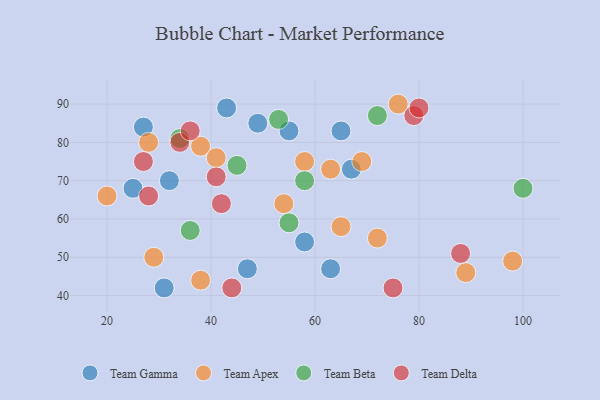
{"axis": {"x": "GDP", "y": "Life Expectancy"}, "legend": ["Team Apex", "Team Beta", "Team Delta", "Team Gamma"], "data": [{"x": "55", "y": 83, "type": "Team Gamma"}, {"x": "65", "y": 83, "type": "Team Gamma"}, {"x": "31", "y": 42, "type": "Team Gamma"}, {"x": "43", "y": 89, "type": "Team Gamma"}, {"x": "49", "y": 85, "type": "Team Gamma"}, {"x": "32", "y": 70, "type": "Team Gamma"}, {"x": "27", "y": 84, "type": "Team Gamma"}, {"x": "25", "y": 68, "type": "Team Gamma"}, {"x": "47", "y": 47, "type": "Team Gamma"}, {"x": "58", "y": 54, "type": "Team Gamma"}, {"x": "63", "y": 47, "type": "Team Gamma"}, {"x": "67", "y": 73, "type": "Team Gamma"}, {"x": "76", "y": 90, "type": "Team Apex"}, {"x": "28", "y": 80, "type": "Team Apex"}, {"x": "65", "y": 58, "type": "Team Apex"}, {"x": "89", "y": 46, "type": "Team Apex"}, {"x": "98", "y": 49, "type": "Team Apex"}, {"x": "72", "y": 55, "type": "Team Apex"}, {"x": "38", "y": 44, "type": "Team Apex"}, {"x": "38", "y": 79, "type": "Team Apex"}, {"x": "20", "y": 66, "type": "Team Apex"}, {"x": "58", "y": 75, "type": "Team Apex"}, {"x": "69", "y": 75, "type": "Team Apex"}, {"x": "41", "y": 76, "type": "Team Apex"}, {"x": "63", "y": 73, "type": "Team Apex"}, {"x": "54", "y": 64, "type": "Team Apex"}, {"x": "29", "y": 50, "type": "Team Apex"}, {"x": "55", "y": 59, "type": "Team Beta"}, {"x": "100", "y": 68, "type": "Team Beta"}, {"x": "45", "y": 74, "type": "Team Beta"}, {"x": "34", "y": 81, "type": "Team Beta"}, {"x": "72", "y": 87, "type": "Team Beta"}, {"x": "36", "y": 57, "type": "Team Beta"}, {"x": "58", "y": 70, "type": "Team Beta"}, {"x": "53", "y": 86, "type": "Team Beta"}, {"x": "34", "y": 80, "type": "Team Delta"}, {"x": "88", "y": 51, "type": "Team Delta"}, {"x": "75", "y": 42, "type": "Team Delta"}, {"x": "42", "y": 64, "type": "Team Delta"}, {"x": "79", "y": 87, "type": "Team Delta"}, {"x": "28", "y": 66, "type": "Team Delta"}, {"x": "41", "y": 71, "type": "Team Delta"}, {"x": "27", "y": 75, "type": "Team Delta"}, {"x": "80", "y": 89, "type": "Team Delta"}, {"x": "36", "y": 83, "type": "Team Delta"}, {"x": "44", "y": 42, "type": "Team Delta"}]}